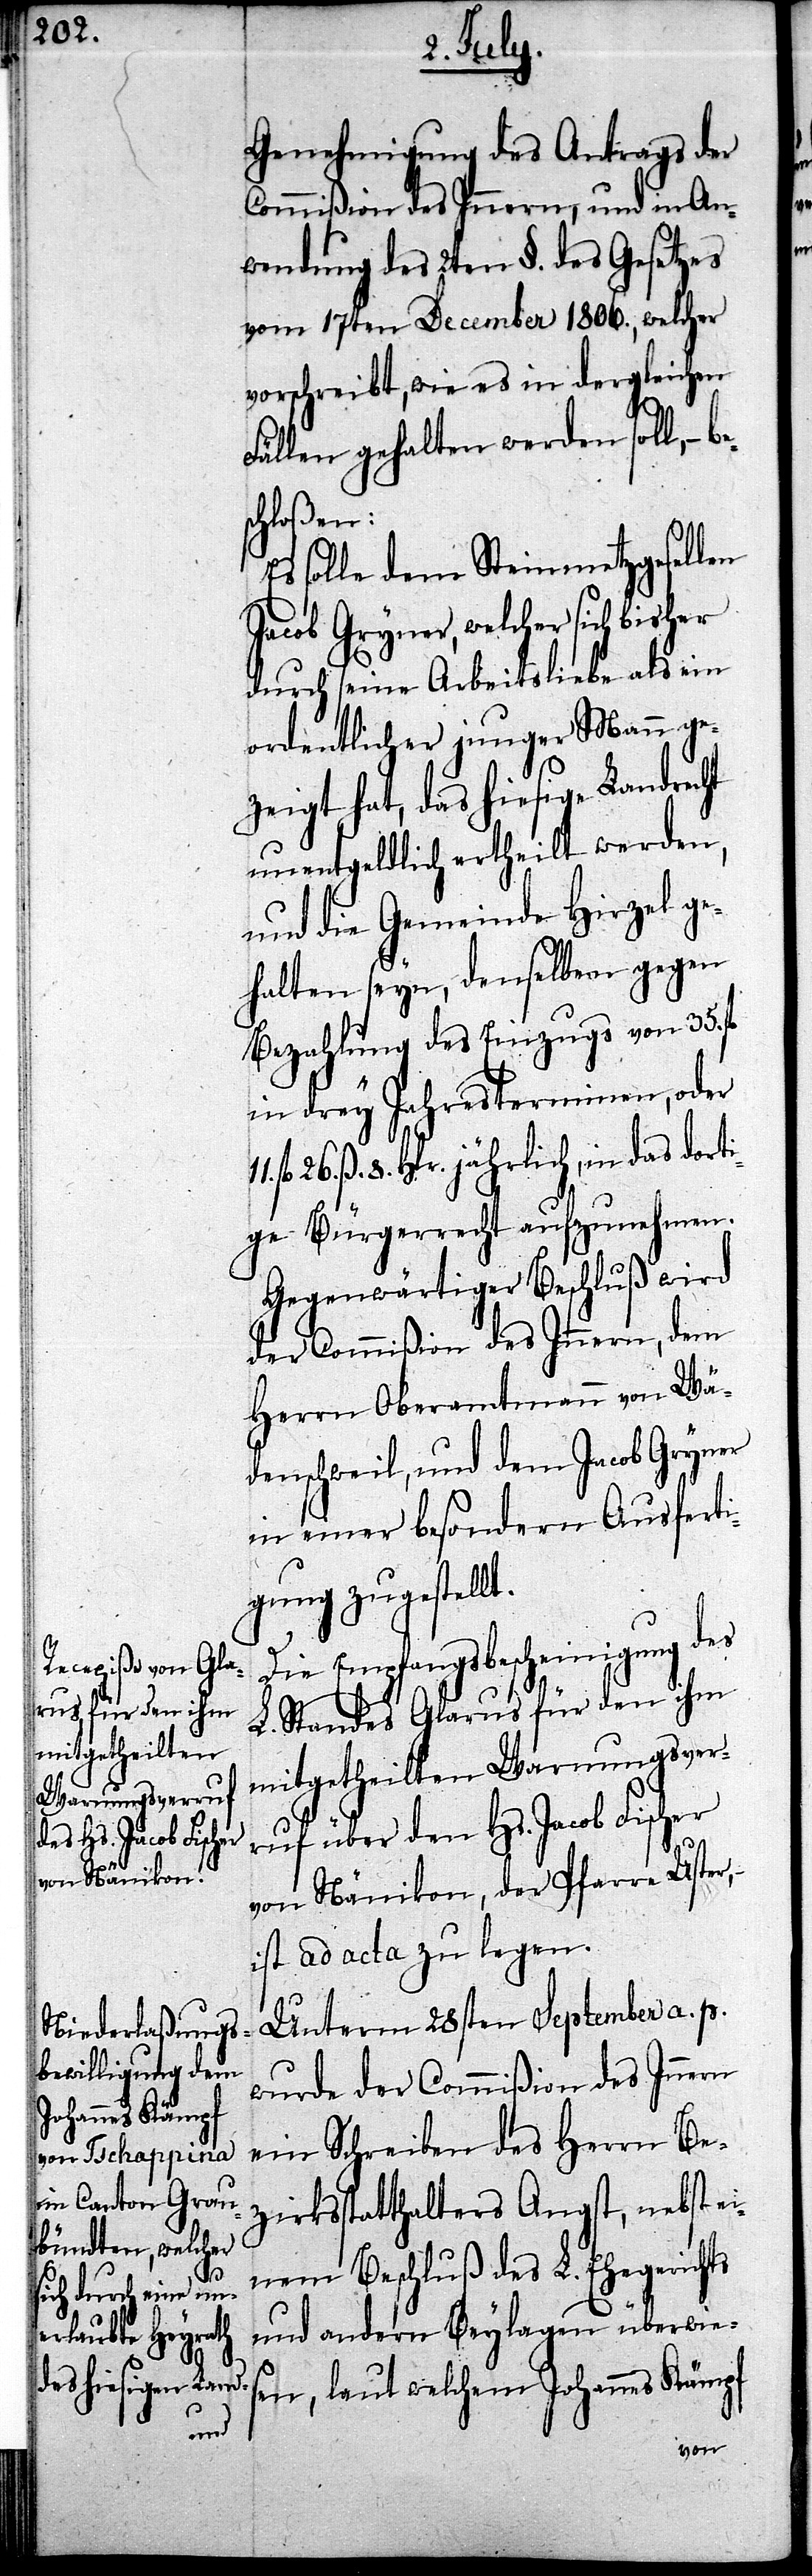
Genehmigung des Antrags der
Commißion des Innern, und in An¬
wendung des 2ten §. des Gesetzes
vom 17ten December 1806., welcher
vorschreibt, wie es in dergleichen
Fällen gehalten werden soll, –
Es solle dem Steinmetzgesellen
Jacob Gryner, welcher sich bisher
durch seine Arbeitsliebe als ein
ordentlicher junger Mann ge¬
zeigt hat, das hiesige Landrecht
unentgeldlich ertheilt werden,
und die Gemeinde Hirzel ge¬
halten seyn, denselben gegen
Bezahlung des Einzugs von 35. fl.
in drey Jahresterminen, oder
fl .26. ß. 8. Hlr. jährlich, in das dorti¬
ge Bürgerrecht aufzunehmen.
Gegenwärtiger Beschluß wird
der Commißion des Innern, dem
Herrn Oberamtmann von Wä¬
denschweil, und dem Jacob Gryner
in einer besondern Ausferti¬
gung zugestellt.
Die Empfangsbescheinigung des
L. Standes Glarus für den ihm
mitgetheilten Warnungsver¬
ruf über den Hs. Jacob Fischer
von Nänikon, der Pfarre Uster,
ist ad acta zu legen.
Unterm 28sten September a. p.
wurde der Commißion des Innern
ein Schreiben des Herrn Be¬
zirksstatthalters Angst, nebst ei¬
nem Beschluß des L. Ehegerichts
und andern Beylagen überwies¬
en, laut welchem Johannes Kämpf